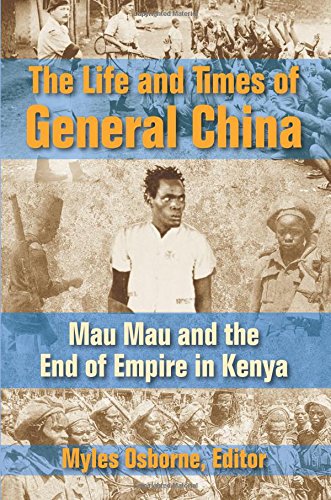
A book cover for The Life and Times of General China: Mau Mau and the End of Empire in Kenya; History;